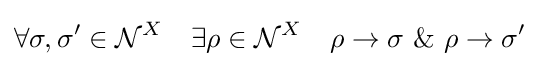
\forall \sigma ,\sigma '\in {\mathcal {N}}^{X}\quad \exists \rho \in {\mathcal {N}}^{X}\quad \rho \to \sigma \ \&\ \rho \to \sigma '